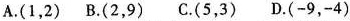
A.(1，2) B.(2，9) C.(5，3) D.(-9，-4)